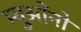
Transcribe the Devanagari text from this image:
म्युओंनो